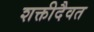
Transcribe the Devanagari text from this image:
शक्तीदैवत